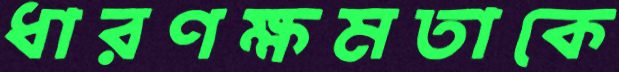
ধারণক্ষমতাকে